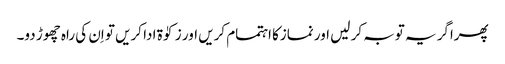
پھراگر یہ توبہ کر لیں اور نمازکا اہتمام کریں اور زکوٰۃ ادا کریں تو اِن کی راہ چھوڑ دو۔